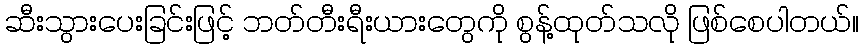
ဆီးသွားပေးခြင်းဖြင့် ဘတ်တီးရီးယားတွေကို စွန့်ထုတ်သလို ဖြစ်စေပါတယ်။